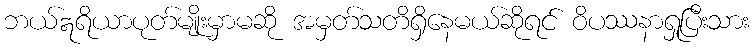
ဘယ်ဣရိယာပုတ်မျိုးမှာမဆို အမှတ်သတိရှိနေမယ်ဆိုရင် ဝိပဿနာရှုပြီးသား